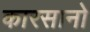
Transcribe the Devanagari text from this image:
कारसानो